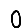
Digit: 0